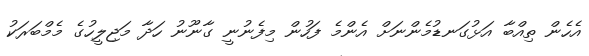
އެހެން ތިއްބާ އަޅުގަނޑުމެންނަށް އެންމެ ފަހުން މިފެނުނީ ގާނޫނު ހަދާ މަޖިލީހުގެ މެމްބަރަކު